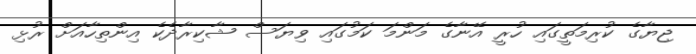
ޖިޔާގެ ކުރިމަތީގައި ހުރީ އޭނާގެ މަންމަ ކަމުގައި ވިޔަސް ޝާކިރާދެކެ އިންތިހާއަށް ރުޅި